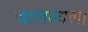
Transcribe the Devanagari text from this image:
जालस्थल।